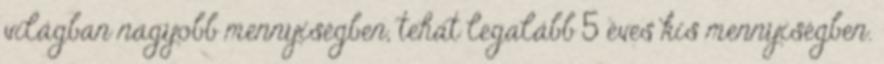
világban nagyobb mennyiségben, tehát legalább 5 éves kis mennyiségben.